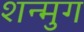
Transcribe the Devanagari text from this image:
शन्मुग